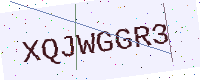
Text: XQJWGGR3